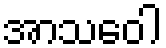
အာသဝေါ